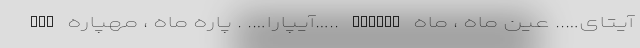
AYZ آیپارا…. . پاره ماه ، مهپاره….. AYPARA آیتای….. عین ماه ، ماه